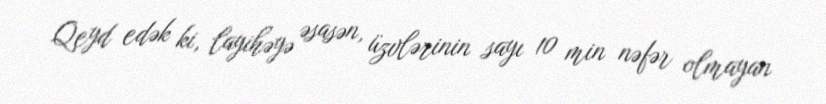
Qeyd edək ki, layihəyə əsasən, üzvlərinin sayı 10 min nəfər olmayan